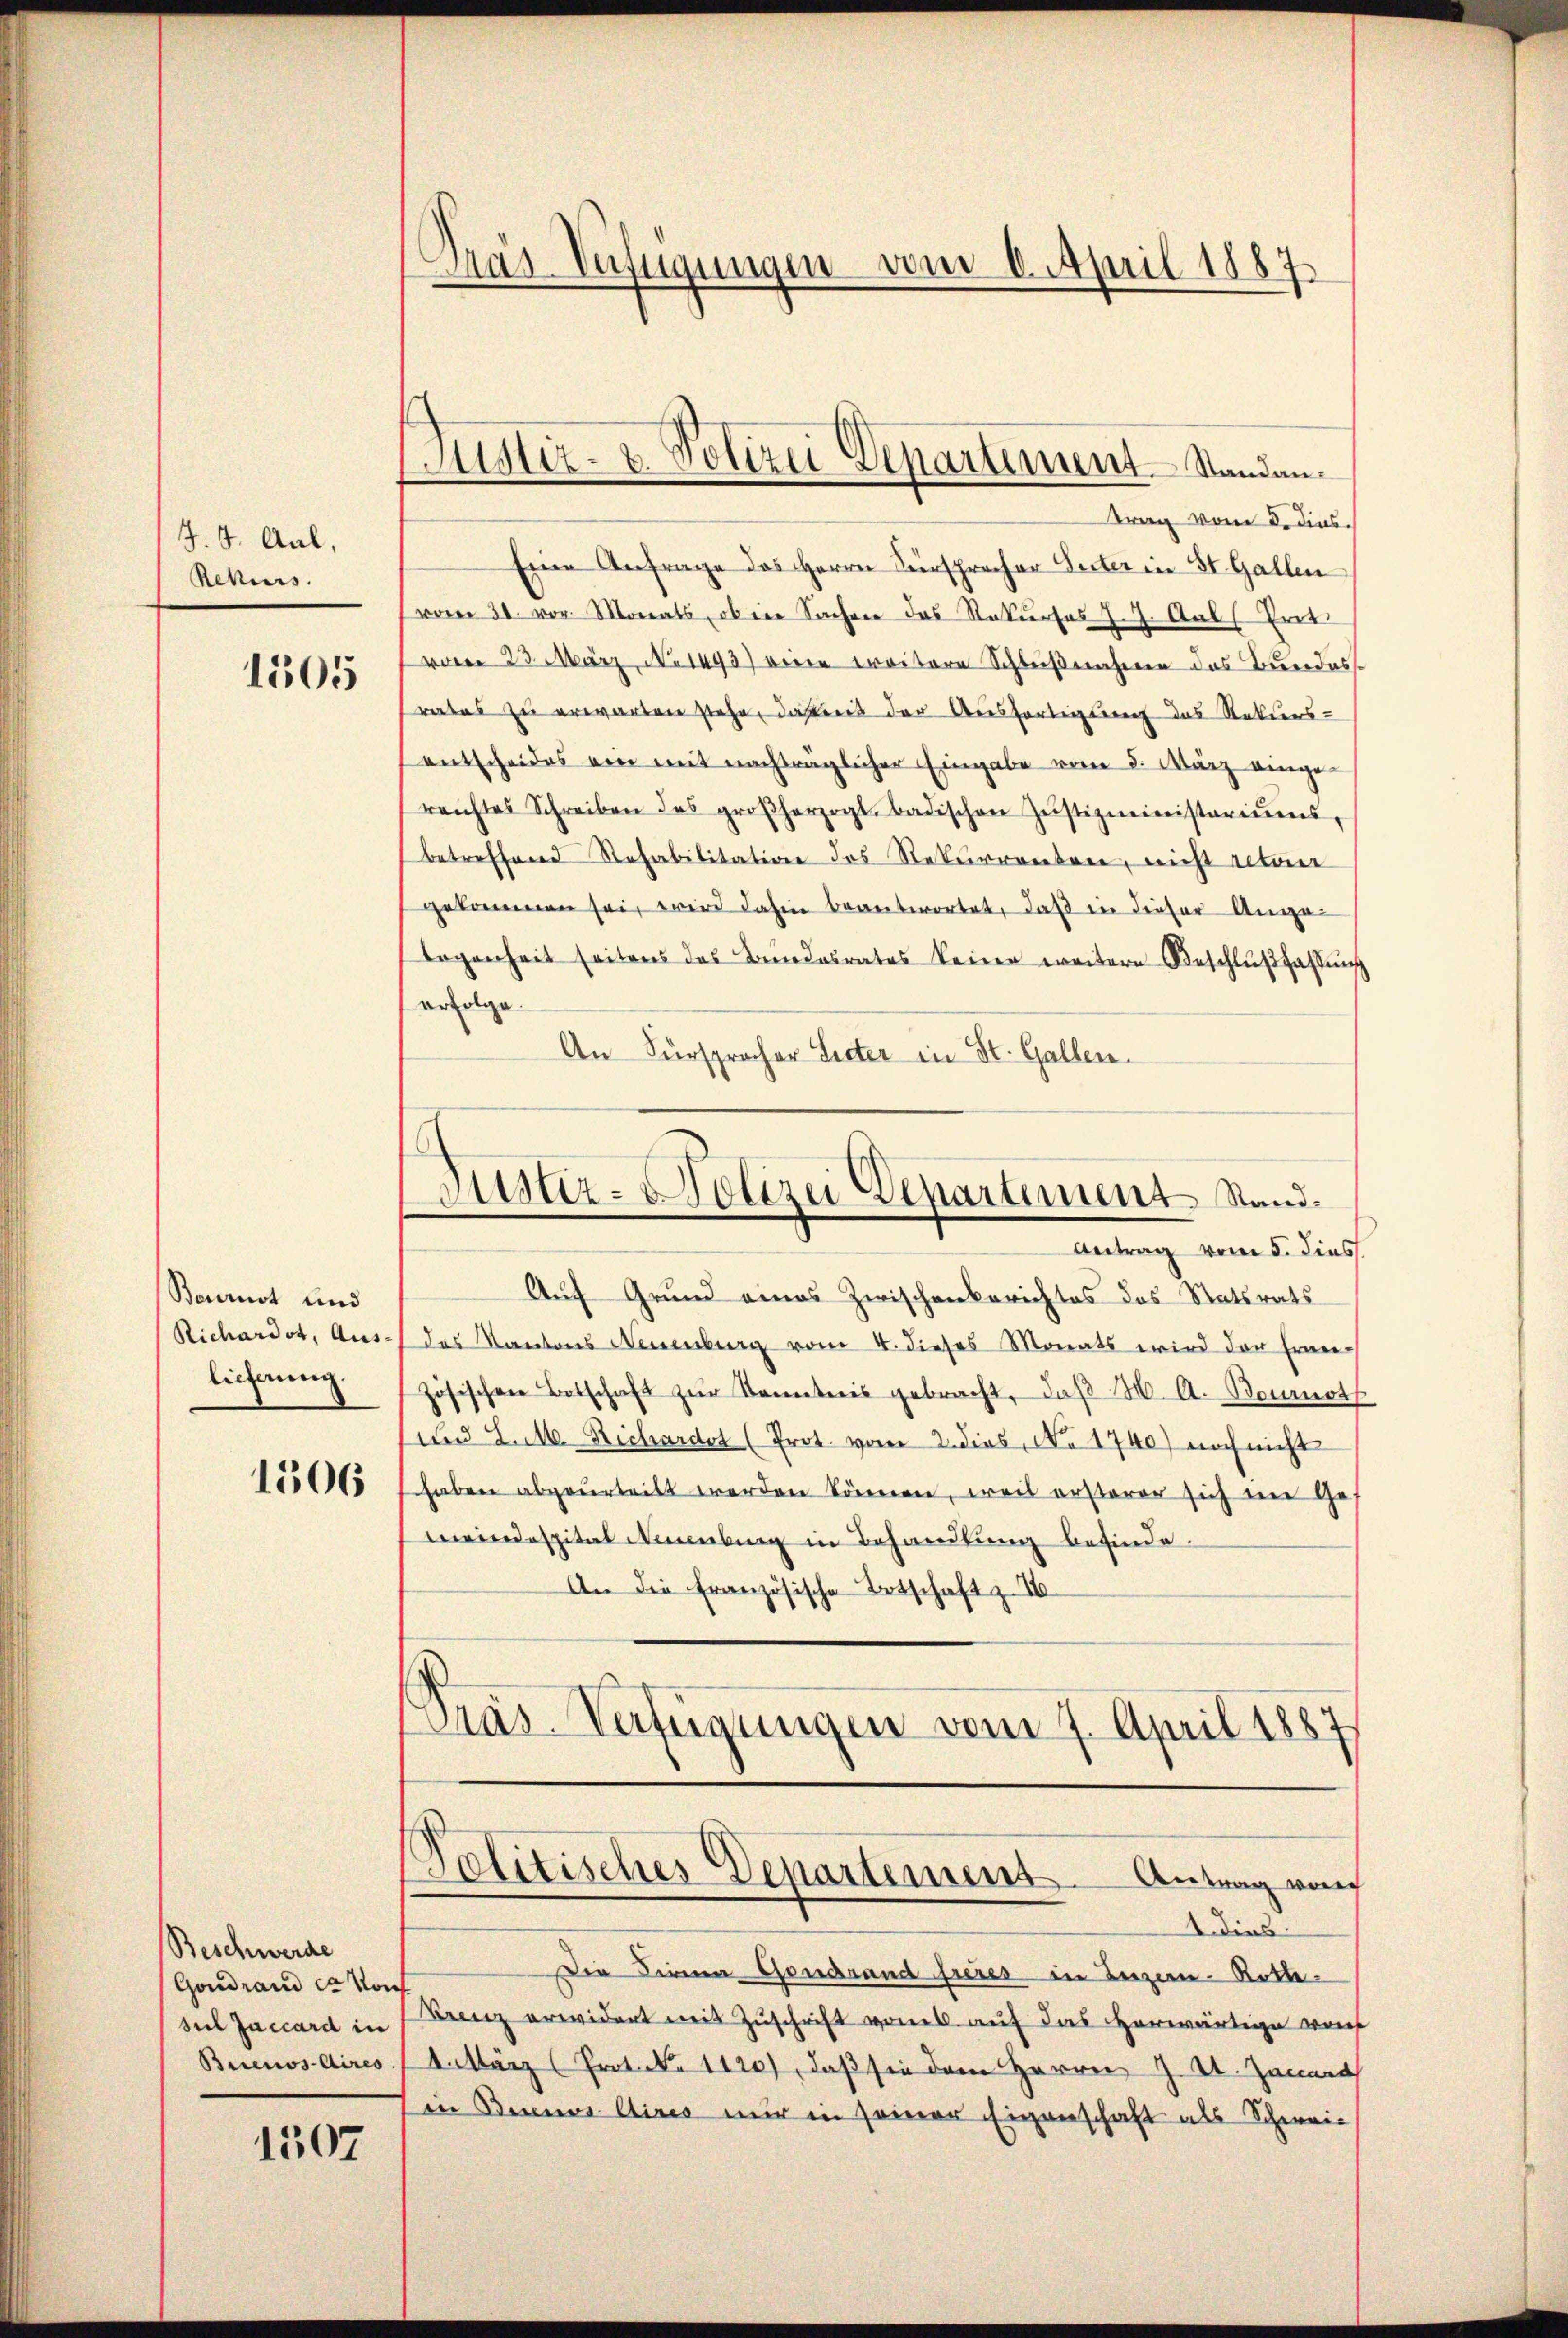
J. 8. Aal,
Rekurs

1505

Bournot und
Richardst, Aus-
licherung.

1506

Beschwerde
Goudrand er von

1507

Gräs-Verfügungen vom 6. April 1887

trag vom 3. dies.
Eine Anfrage des Herrn Fürsprecher Seiter in St. Gallen
(vom 31. vor. Monats, ob ein Sachen das Rekurses J. J. Als Prot
vom 23. März, No 1493) einen weitere Schlußnahmen das Bundes-
rates zu erwarten stehe, dass der Ausfertigung des Rekurs-
entscheides ein mit nachträglicher Eingabe vom 8. März eingereichtes Schreiben des großherzogl. badischen Jŭstizministeriums,
betreffend Rehabilitation des Rekurrenten, nicht retaer
gekommen sei, wird dahin beantwortet, daß in dieser Angelogenheit seitens des Bŭndesrates keine weitere Beschlŭβ fassŭng
erfolge.
An Fürsprocher Sitter in St. Gallen.

Justiz- & Polizei Departement Standen.

Justiz- Polizei Departement Stand.
Antrag vom 5. diess.

Politisches Departeinens. Antrag von

Auf Grund eines Zwischenberichtes des Statsrats
das Kantons Neuenburg vom 4. dieses Monats wird der Fran-
zösischen Botschaft zŭr Kenntnis gebracht, daβ M. A. Bournot
und d. M. Richardt (Prot. vom 2. dies, No 1740) noch nicht
haben abgeurteilt werden können, weis ersterer sich im Ges
meindespital Neuenburg in Behandlŭng befinde.
An die französische Botschaft z. 16
Pras Verfügungen vom 7. April 1887

dies
Die Firmen Goudrand freies in Bezen-Rotte
suel Jaccard in Benz erwidert mit Zuschrift vom auf das erwärtige von
Buenosdires 1 4. März (Prot. N. 1120), daß sie dem Herren Z. 4. Janart
in Bennes Aires nur in seiner Eigenschaft als Schwei-